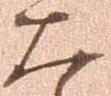
大